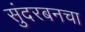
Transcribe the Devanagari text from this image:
सुंदरबनचा